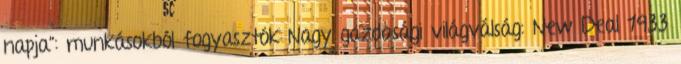
napja”: munkásokból fogyasztók Nagy gazdasági világválság: New Deal 1933